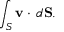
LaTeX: \int _ { S } { \mathbf { v } } \cdot \, d { \mathbf { S } } .